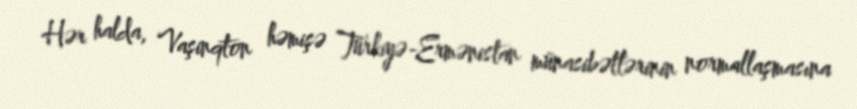
Hər halda, Vaşinqton həmişə Türkiyə-Ermənistan münasibətlərinin normallaşmasına